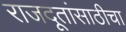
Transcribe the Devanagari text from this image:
राजदूतांसाठीचा